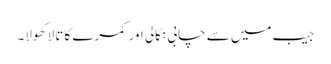
جیب میں سے چابی نکالی اور کمرے کا تالا کھولا۔